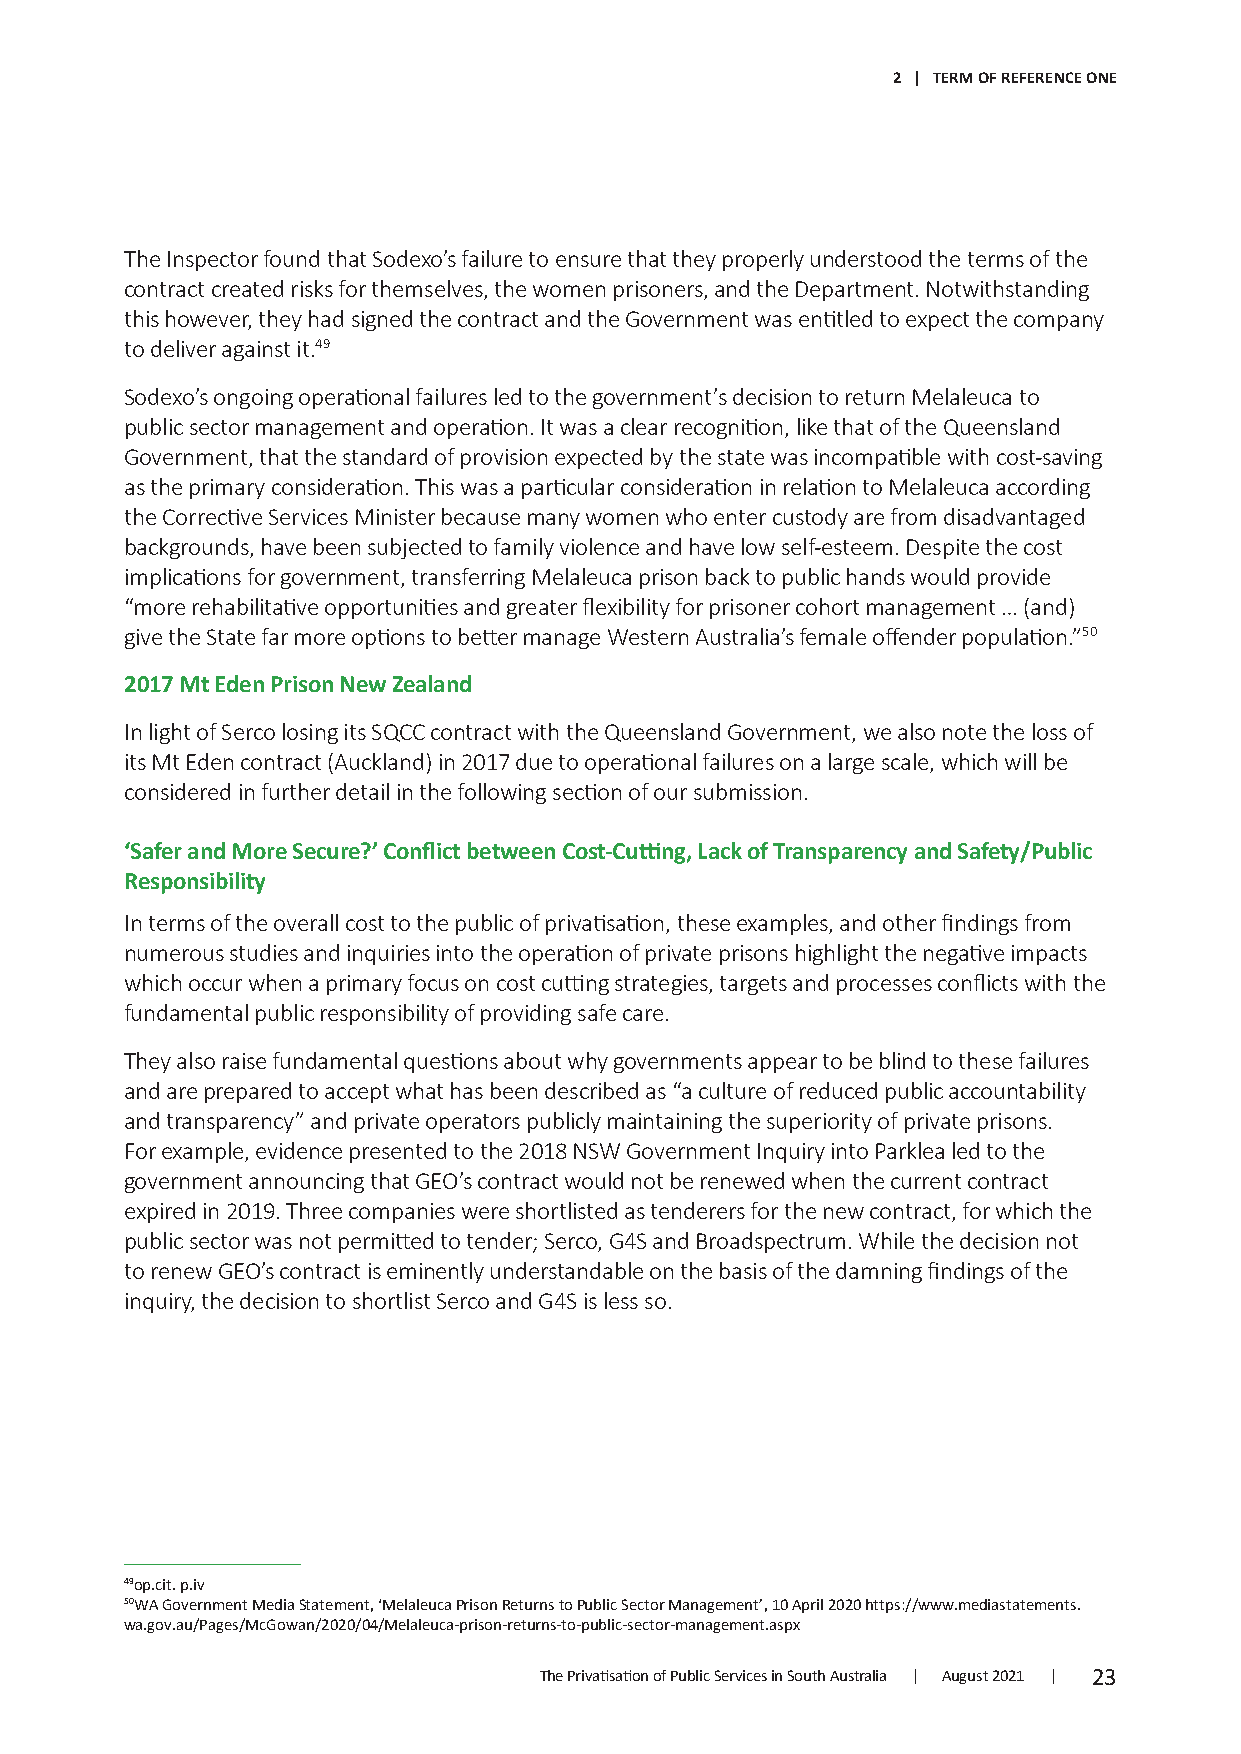
2 | TERM OF REFERENCE ONE
 The Inspector found that Sodexo’s failure to ensure that they properly understood the terms of the
 contract created risks for themselves, the women prisoners, and the Department. Notwithstanding
 this however, they had signed the contract and the Government was entitled to expect the company
 to deliver against it.49
 Sodexo’s ongoing operational failures led to the government’s decision to return Melaleuca to
 public sector management and operation. It was a clear recognition, like that of the Queensland
 Government, that the standard of provision expected by the state was incompatible with cost-saving
 as the primary consideration. This was a particular consideration in relation to Melaleuca according
 the Corrective Services Minister because many women who enter custody are from disadvantaged
 backgrounds, have been subjected to family violence and have low self-esteem. Despite the cost
 implications for government, transferring Melaleuca prison back to public hands would provide
 “more rehabilitative opportunities and greater flexibility for prisoner cohort management … (and)
 give the State far more options to better manage Western Australia’s female offender population.”50
 2017 Mt Eden Prison New Zealand
 In light of Serco losing its SQCC contract with the Queensland Government, we also note the loss of
 its Mt Eden contract (Auckland) in 2017 due to operational failures on a large scale, which will be
 considered in further detail in the following section of our submission.
 ‘Safer and More Secure?’ Conflict between Cost-Cutting, Lack of Transparency and Safety/Public
 Responsibility
 In terms of the overall cost to the public of privatisation, these examples, and other findings from
 numerous studies and inquiries into the operation of private prisons highlight the negative impacts
 which occur when a primary focus on cost cutting strategies, targets and processes conflicts with the
 fundamental public responsibility of providing safe care.
 They also raise fundamental questions about why governments appear to be blind to these failures
 and are prepared to accept what has been described as “a culture of reduced public accountability
 and transparency” and private operators publicly maintaining the superiority of private prisons.
 For example, evidence presented to the 2018 NSW Government Inquiry into Parklea led to the
 government announcing that GEO’s contract would not be renewed when the current contract
 expired in 2019. Three companies were shortlisted as tenderers for the new contract, for which the
 public sector was not permitted to tender; Serco, G4S and Broadspectrum. While the decision not
 to renew GEO’s contract is eminently understandable on the basis of the damning findings of the
 inquiry, the decision to shortlist Serco and G4S is less so.
 49op.cit. p.iv
 50WA Government Media Statement, ‘Melaleuca Prison Returns to Public Sector Management’, 10 April 2020 https://www.mediastatements.
 wa.gov.au/Pages/McGowan/2020/04/Melaleuca-prison-returns-to-public-sector-management.aspx
 The Privatisation of Public Services in South Australia | August 2021 | 23